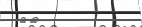
١٠